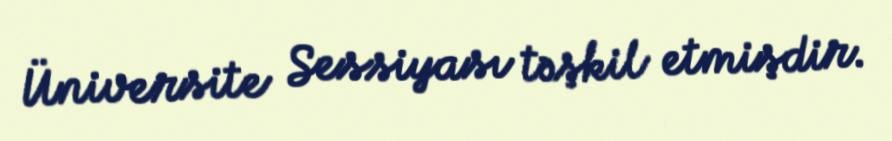
Üniversite Sessiyası təşkil etmişdir.